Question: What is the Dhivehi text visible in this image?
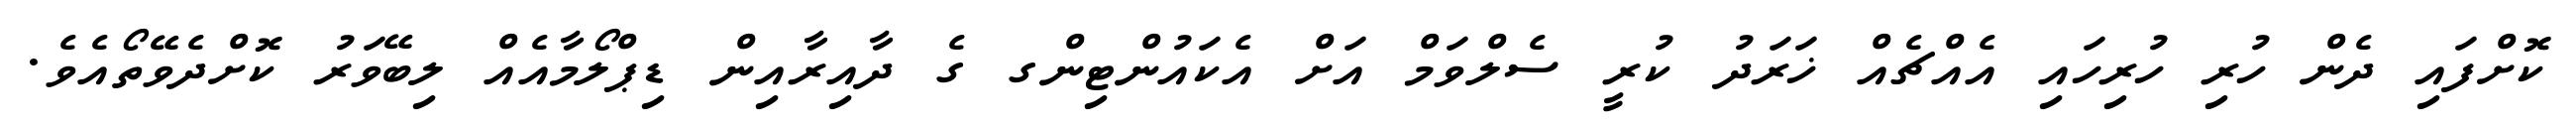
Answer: ކޮށްފައި ދެން ހުރި ހުރިހައި އެއްޗެއް ޚަރަދު ކުރީ ސެލްވަމް އަށް އެކައުންޓިންގ ގެ ދާއިރާއިން ޑިޕްލޯމާއެއް ލިބޭވަރު ކޮށްދެވޭތޯއެވެ.